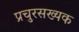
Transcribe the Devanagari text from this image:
प्रचुरसख्यक